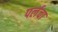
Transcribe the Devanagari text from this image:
पर्लचा